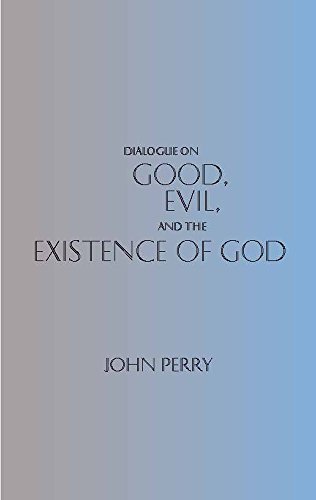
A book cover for Dialogue on Good, Evil, and the Existence of God (Hackett Philosophical Dialogues); John Perry; Politics & Social Sciences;